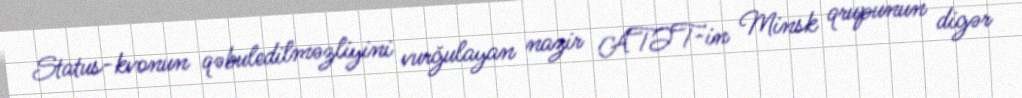
Status-kvonun qəbuledilməzliyini vurğulayan nazir ATƏT-in Minsk qrupunun digər